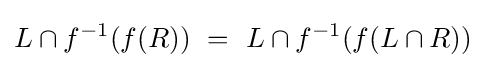
L\cap f^{-1}(f(R))~=~L\cap f^{-1}(f(L\cap R))